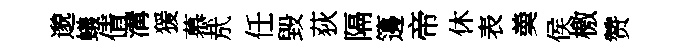
邈蟻倩溝猨慕㢤任毀荻隔籩帝休表羮侯檄赞